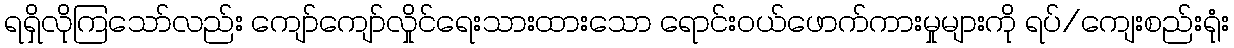
ရရှိလိုကြသော်လည်း ကျော်ကျော်လှိုင်ရေးသားထားသော ရောင်းဝယ်ဖောက်ကားမှုများကို ရပ်/ကျေးစည်းရုံး